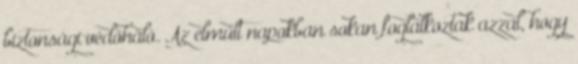
biztonsági védőháló. Az elmúlt napokban sokan foglalkoztak azzal, hogy